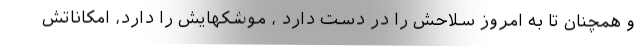
و همچنان تا به امروز سلاحش را در دست دارد ، موشکهایش را دارد، امکاناتش